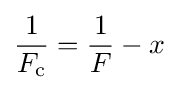
{\frac {1}{F_{\text{c}}}}={\frac {1}{F}}-x